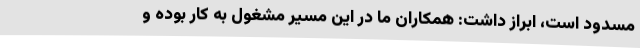
مسدود است، ابراز داشت: همکاران ما در این مسیر مشغول به کار بوده و